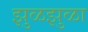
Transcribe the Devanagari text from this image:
झुळझुळा